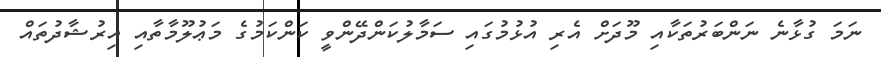
ނަމަ ގުޅާނެ ނަންބަރުތަކާއި މޫދަށް އެރި އުޅުމުގައި ސަމާލުކަންދޭންވީ ކަންކަމުގެ މަޢުލޫމާތާއި އިރުޝާދުތައް